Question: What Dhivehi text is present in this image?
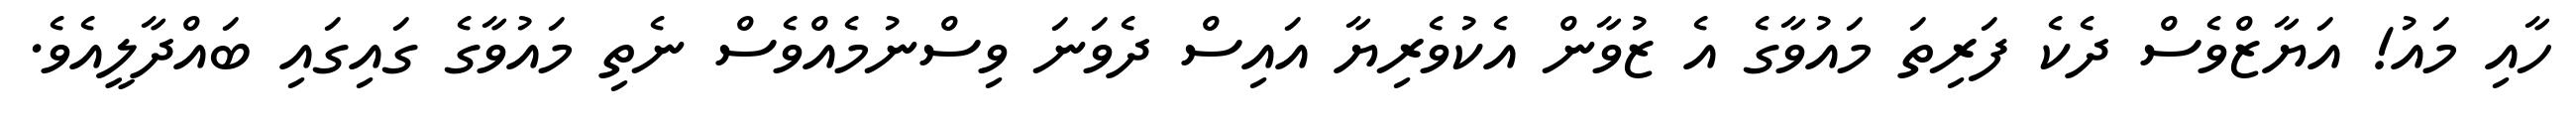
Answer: ހާއި މައު! އަޔާޒްވެސް ދެކެ ފަރިތަ މައުވާގެ އެ ޒުވާން އެކުވެރިޔާ އައިސް ދެވަނަ ވިސްނުމެއްވެސް ނެތި މައުވާގެ ގައިގައި ބައްދާލީއެވެ.